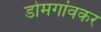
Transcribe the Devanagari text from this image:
डोमगांवकर